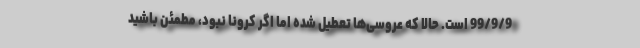
99/9/9 است. حالا که عروسی‌ها تعطیل شده اما اگر کرونا نبود، مطمئن باشید